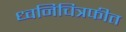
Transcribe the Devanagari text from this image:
ध्वनिचित्रफीत